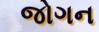
જોગન